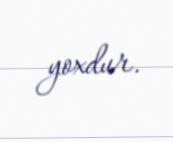
yoxdur.